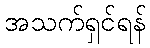
အသက်ရှင်ရန်